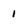
Character: 1